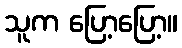
သူက ပြော့ပြော့။